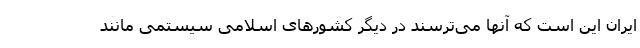
ایران این است که آنها می‌ترسند در دیگر کشورهای اسلامی سیستمی مانند